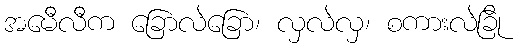
အမေီလီက ခြောလဲခြော၊ လှလဲလှ၊ စကားလဲခြို